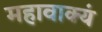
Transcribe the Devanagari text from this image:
महावाक्यं